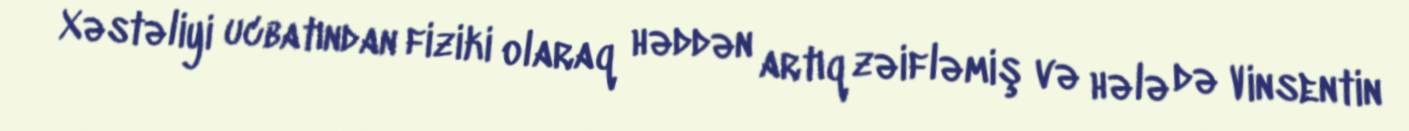
Xəstəliyi ucbatından fiziki olaraq həddən artıq zəifləmiş və hələ də Vinsentin